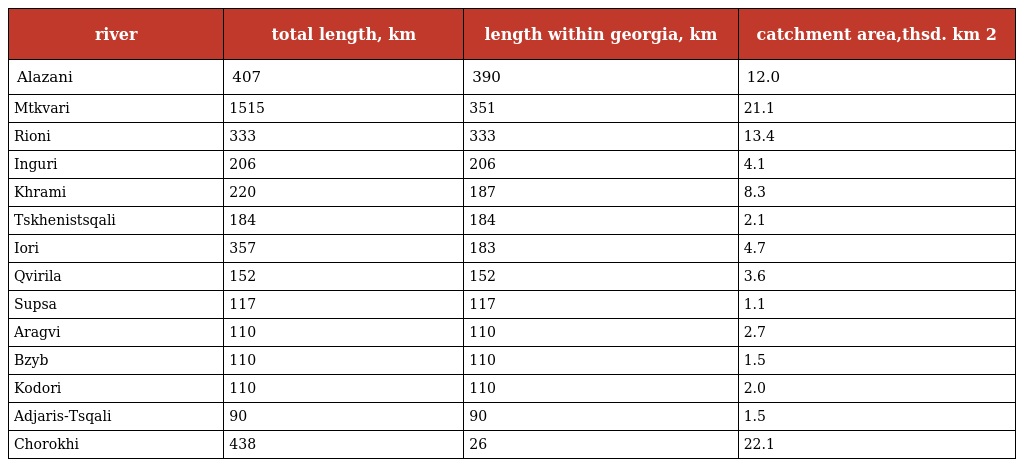
| river | total length, km | length within georgia, km | catchment area,thsd. km 2 |
 | --- | --- | --- | --- |
 | Alazani | 407 | 390 | 12.0 |
 | Mtkvari | 1515 | 351 | 21.1 |
 | Rioni | 333 | 333 | 13.4 |
 | Inguri | 206 | 206 | 4.1 |
 | Khrami | 220 | 187 | 8.3 |
 | Tskhenistsqali | 184 | 184 | 2.1 |
 | Iori | 357 | 183 | 4.7 |
 | Qvirila | 152 | 152 | 3.6 |
 | Supsa | 117 | 117 | 1.1 |
 | Aragvi | 110 | 110 | 2.7 |
 | Bzyb | 110 | 110 | 1.5 |
 | Kodori | 110 | 110 | 2.0 |
 | Adjaris-Tsqali | 90 | 90 | 1.5 |
 | Chorokhi | 438 | 26 | 22.1 |